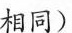
相同)